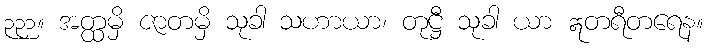
၃၃၁။ အတ္ထမှိ ဇာတမှိ သုခါ သဟာယာ၊ တုဋ္ဌီ သုခါ ယာ ဣတရီတရေန။